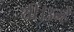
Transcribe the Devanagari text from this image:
थीं।उन्हें